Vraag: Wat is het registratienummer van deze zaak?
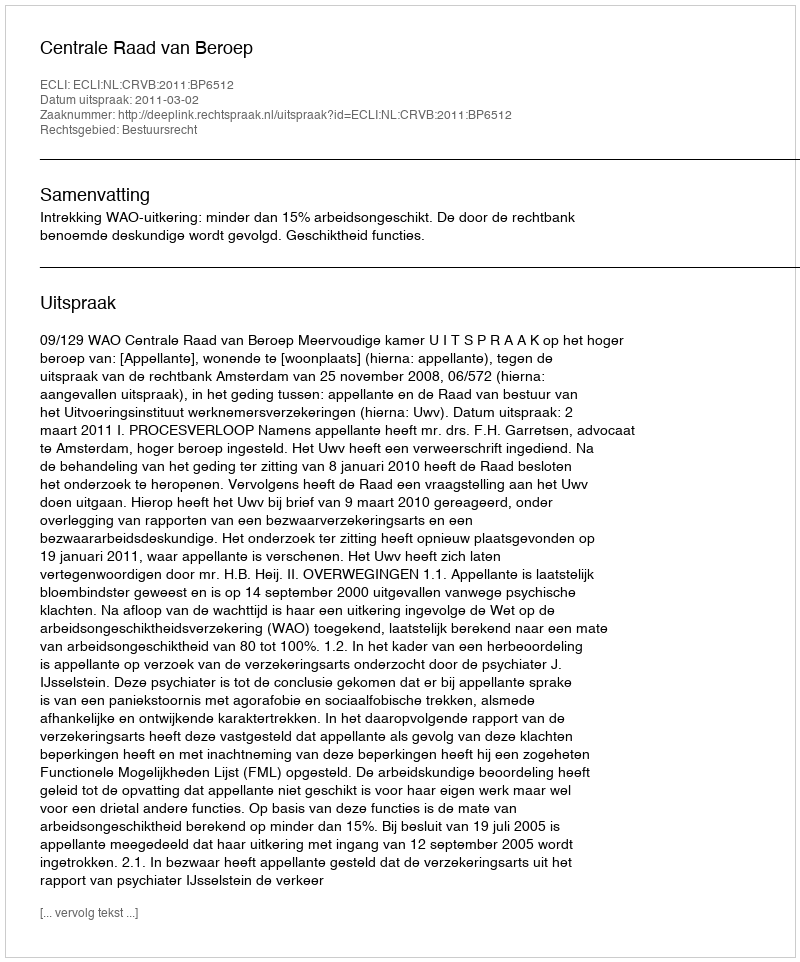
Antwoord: http://deeplink.rechtspraak.nl/uitspraak?id=ECLI:NL:CRVB:2011:BP6512